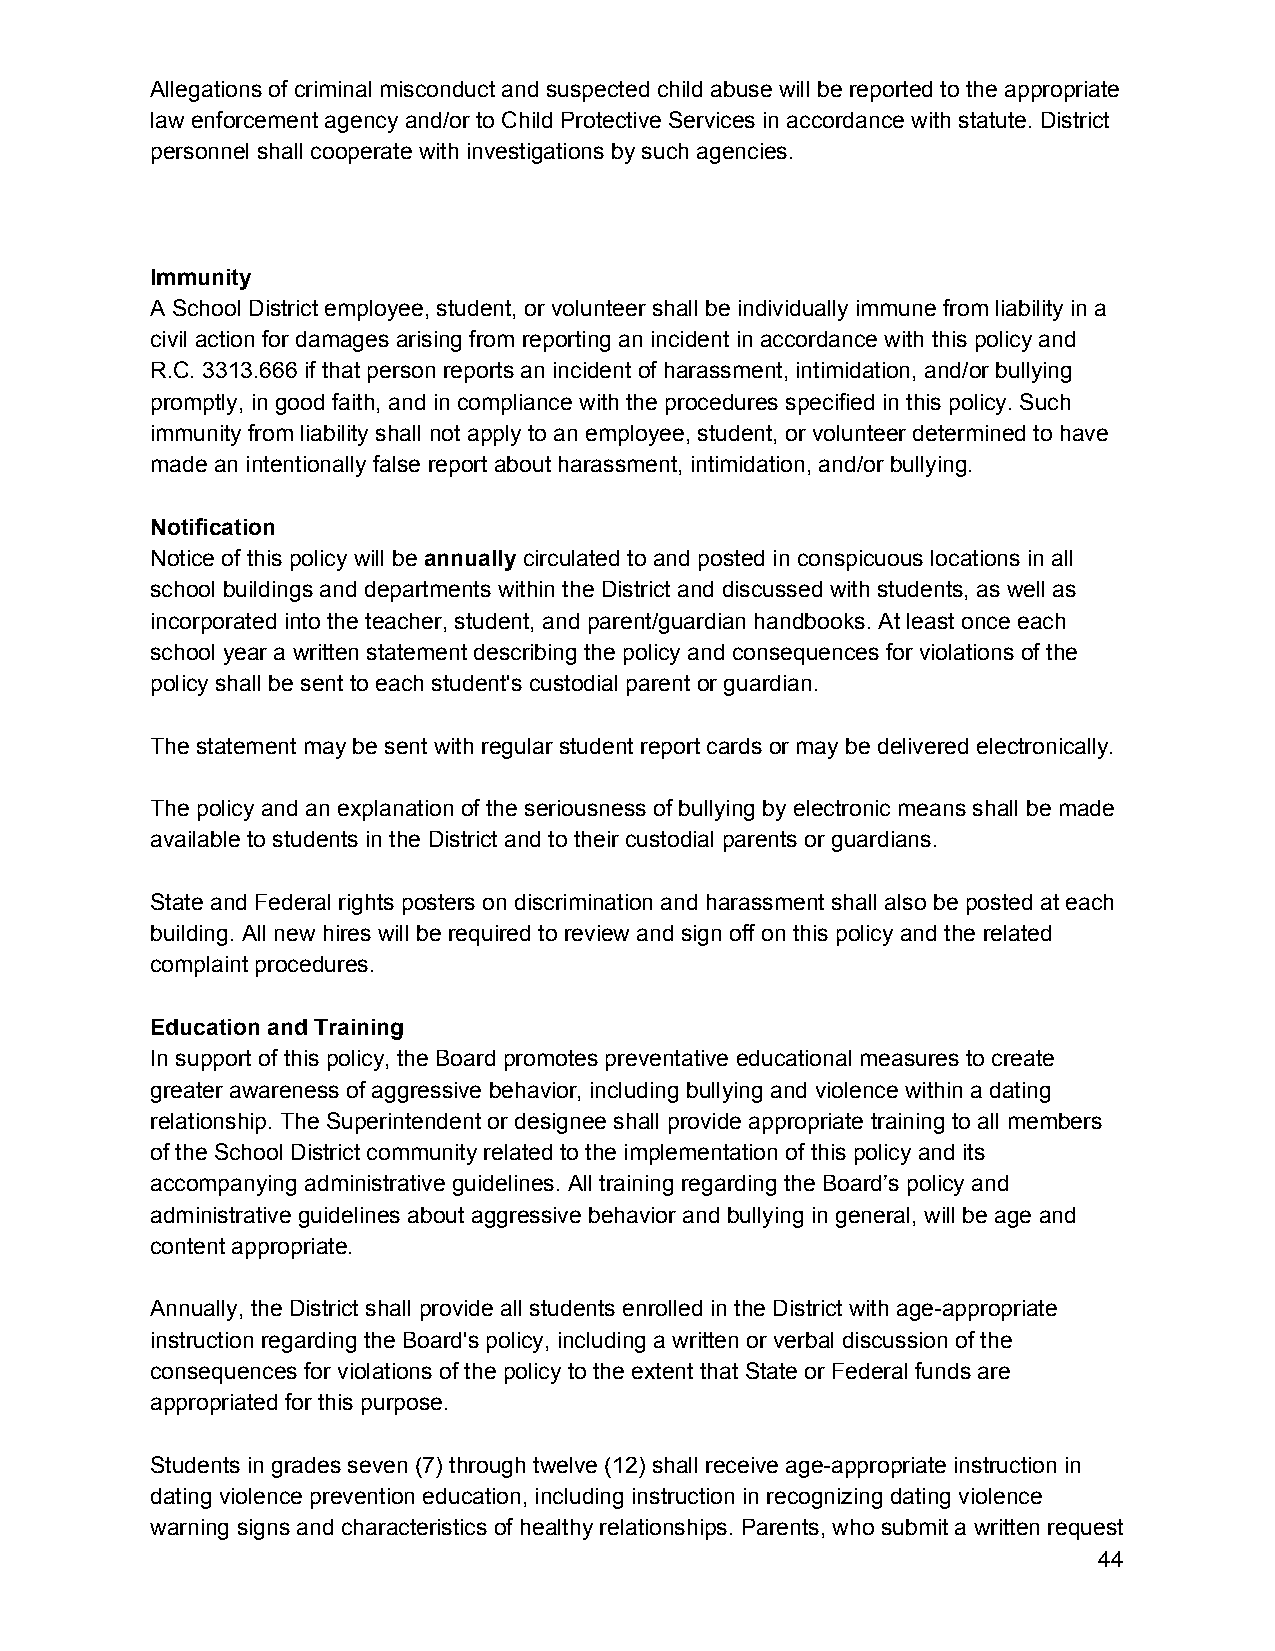
Allegations of criminal misconduct and suspected child abuse will be reported to the appropriate
 law enforcement agency and/or to Child Protective Services in accordance with statute. District
 personnel shall cooperate with investigations by such agencies.
 Immunity
 A School District employee, student, or volunteer shall be individually immune from liability in a
 civil action for damages arising from reporting an incident in accordance with this policy and
 R.C. 3313.666 if that person reports an incident of harassment, intimidation, and/or bullying
 promptly, in good faith, and in compliance with the procedures specified in this policy. Such
 immunity from liability shall not apply to an employee, student, or volunteer determined to have
 made an intentionally false report about harassment, intimidation, and/or bullying.
 Notification
 Notice of this policy will be annually circulated to and posted in conspicuous locations in all
 ​     ​
 school buildings and departments within the District and discussed with students, as well as
 incorporated into the teacher, student, and parent/guardian handbooks. At least once each
 school year a written statement describing the policy and consequences for violations of the
 policy shall be sent to each student's custodial parent or guardian.
 The statement may be sent with regular student report cards or may be delivered electronically.
 The policy and an explanation of the seriousness of bullying by electronic means shall be made
 available to students in the District and to their custodial parents or guardians.
 State and Federal rights posters on discrimination and harassment shall also be posted at each
 building. All new hires will be required to review and sign off on this policy and the related
 complaint procedures.
 Education and Training
 In support of this policy, the Board promotes preventative educational measures to create
 greater awareness of aggressive behavior, including bullying and violence within a dating
 relationship. The Superintendent or designee shall provide appropriate training to all members
 of the School District community related to the implementation of this policy and its
 accompanying administrative guidelines. All training regarding the Board’s policy and
 administrative guidelines about aggressive behavior and bullying in general, will be age and
 content appropriate.
 Annually, the District shall provide all students enrolled in the District with age-appropriate
 instruction regarding the Board's policy, including a written or verbal discussion of the
 consequences for violations of the policy to the extent that State or Federal funds are
 appropriated for this purpose.
 Students in grades seven (7) through twelve (12) shall receive age-appropriate instruction in
 dating violence prevention education, including instruction in recognizing dating violence
 warning signs and characteristics of healthy relationships. Parents, who submit a written request
 44